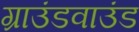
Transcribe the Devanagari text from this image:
ग्राउंडवाउंड